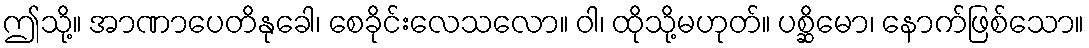
ဤသို့။ အာဏာပေတိနုခေါ၊ စေခိုင်းလေသလော။ ဝါ၊ ထိုသို့မဟုတ်။ ပစ္ဆိမော၊ နောက်ဖြစ်သော။